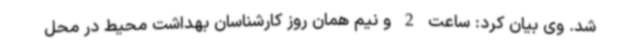
شد. وی بیان کرد: ساعت 2 و نیم همان روز کارشناسان بهداشت محیط در محل